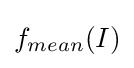
f_{mean}(I)